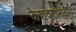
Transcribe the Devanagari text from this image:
केशवरामजी